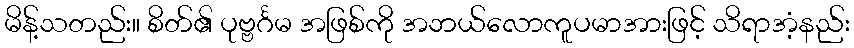
မိန့်သတည်း။ စိတ်၏ ပုဗ္ဗင်္ဂမ အဖြစ်ကို အဘယ်လောကူပမာအားဖြင့် သိရာအံ့နည်း